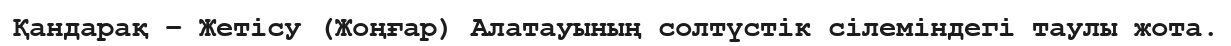
Қандарақ – Жетісу (Жоңғар) Алатауының солтүстік сілеміндегі таулы жота.